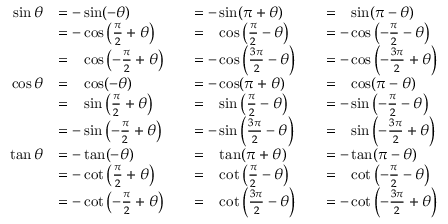
{ \begin{array} { r l r l r l } { \sin \theta } & { = - \sin ( - \theta ) } & & { = - \sin ( \pi + \theta ) } & & { = { \phantom { - } } \sin ( \pi - \theta ) } \\ & { = - \cos \left( { \frac { \pi } { 2 } } + \theta \right) } & & { = { \phantom { - } } \cos \left( { \frac { \pi } { 2 } } - \theta \right) } & & { = - \cos \left( - { \frac { \pi } { 2 } } - \theta \right) } \\ & { = { \phantom { - } } \cos \left( - { \frac { \pi } { 2 } } + \theta \right) } & & { = - \cos \left( { \frac { 3 \pi } { 2 } } - \theta \right) } & & { = - \cos \left( - { \frac { 3 \pi } { 2 } } + \theta \right) } \\ { \cos \theta } & { = { \phantom { - } } \cos ( - \theta ) } & & { = - \cos ( \pi + \theta ) } & & { = { \phantom { - } } \cos ( \pi - \theta ) } \\ & { = { \phantom { - } } \sin \left( { \frac { \pi } { 2 } } + \theta \right) } & & { = { \phantom { - } } \sin \left( { \frac { \pi } { 2 } } - \theta \right) } & & { = - \sin \left( - { \frac { \pi } { 2 } } - \theta \right) } \\ & { = - \sin \left( - { \frac { \pi } { 2 } } + \theta \right) } & & { = - \sin \left( { \frac { 3 \pi } { 2 } } - \theta \right) } & & { = { \phantom { - } } \sin \left( - { \frac { 3 \pi } { 2 } } + \theta \right) } \\ { \tan \theta } & { = - \tan ( - \theta ) } & & { = { \phantom { - } } \tan ( \pi + \theta ) } & & { = - \tan ( \pi - \theta ) } \\ & { = - \cot \left( { \frac { \pi } { 2 } } + \theta \right) } & & { = { \phantom { - } } \cot \left( { \frac { \pi } { 2 } } - \theta \right) } & & { = { \phantom { - } } \cot \left( - { \frac { \pi } { 2 } } - \theta \right) } \\ & { = - \cot \left( - { \frac { \pi } { 2 } } + \theta \right) } & & { = { \phantom { - } } \cot \left( { \frac { 3 \pi } { 2 } } - \theta \right) } & & { = - \cot \left( - { \frac { 3 \pi } { 2 } } + \theta \right) } \end{array} }